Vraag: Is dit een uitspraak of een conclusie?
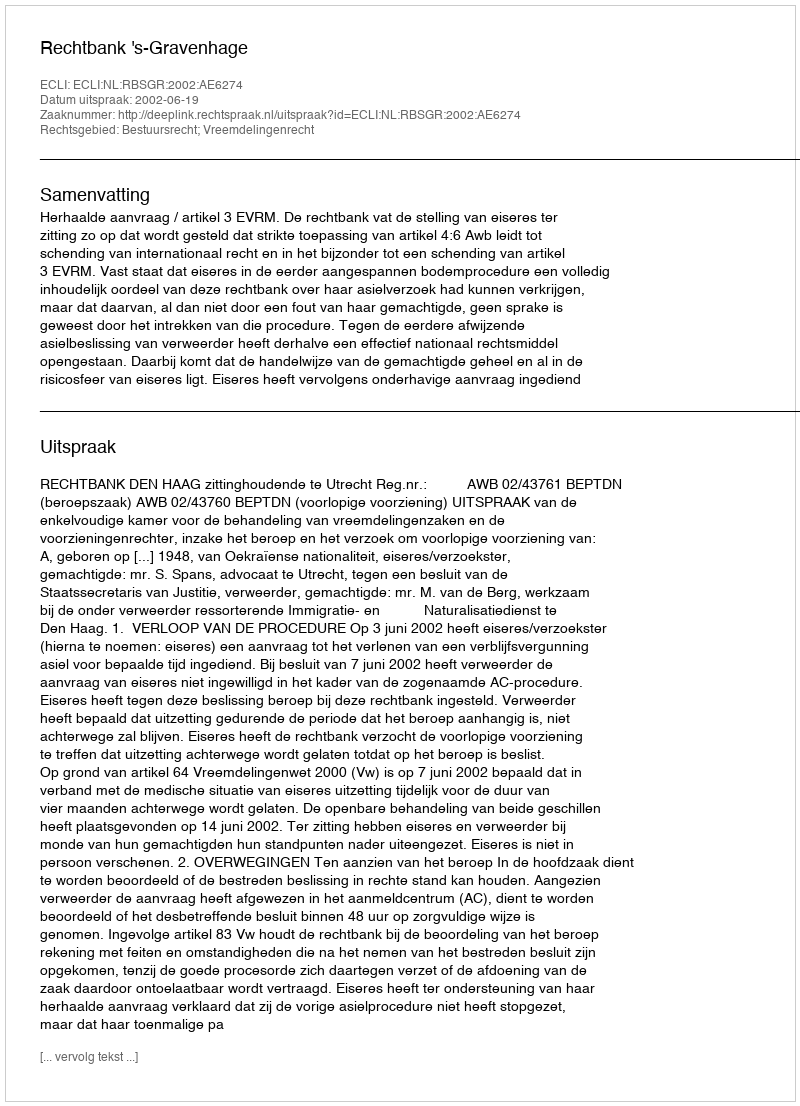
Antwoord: Uitspraak